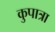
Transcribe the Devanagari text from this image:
कुपात्रा